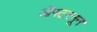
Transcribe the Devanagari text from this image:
ऑफ्टरनून